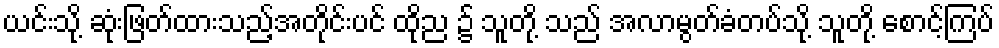
ယင်းသို့ ဆုံးဖြတ်ထားသည့်အတိုင်းပင် ထိုည ၌ သူတို့ သည် အလာမွတ်ခံတပ်သို့ သူတို့ စောင့်ကြပ်